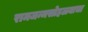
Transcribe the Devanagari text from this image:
रामजन्मसोहळ्याचा